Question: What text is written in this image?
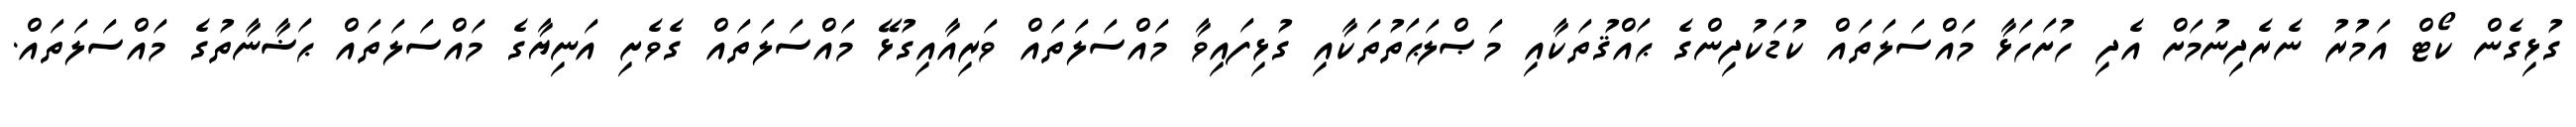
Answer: ގުޅިގެން ކޯޓް އަމުރު ނެރެދިނުމަށް އެދި ހުށަހަޅާ މައްސަލަތައް ކުޑަކުދިންގެ ޙައްޤުތަކާއި މަޞްލަޙަތުތަކާއި ގުޅިފައިވާ މައްސަލަތައް ވަރިއާއިގުޅޭ މައްސަލަތައް ގެވެށި އަނިޔާގެ މައްސަލަތައް ޙަޟާނާތުގެ މައްސަލަތައް.